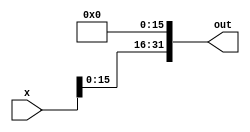
module bit16_left_shifter(x, out);
    input [31:0] x;
    
    output [31:0] out;

    assign out[31:16] = x[15:0];
    assign out[15:0] = 16'b0;
endmodule